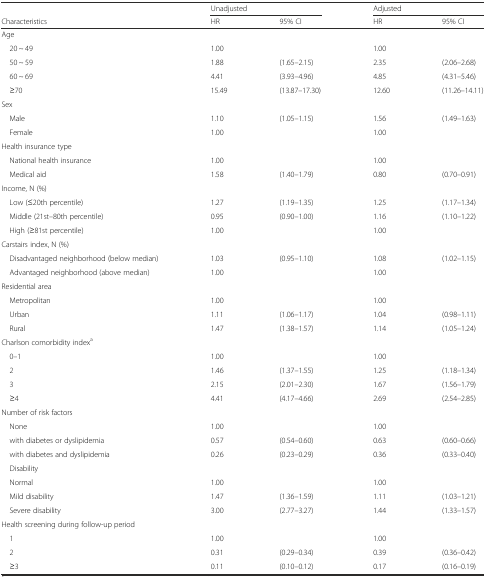
<table><thead><tr><td></td><td colspan="2"><b>Unadjusted</b></td><td colspan="2"><b>Adjusted</b></td></tr><tr><td><b>Characteristics</b></td><td><b>HR</b></td><td><b>95% CI</b></td><td><b>HR</b></td><td><b>95% CI</b></td></tr></thead><tbody><tr><td>Age</td><td></td><td></td><td></td><td></td></tr><tr><td> 20 ~ 49</td><td>1.00</td><td></td><td>1.00</td><td></td></tr><tr><td> 50 ~ 59</td><td>1.88</td><td>(1.65–2.15)</td><td>2.35</td><td>(2.06–2.68)</td></tr><tr><td> 60 ~ 69</td><td>4.41</td><td>(3.93–4.96)</td><td>4.85</td><td>(4.31–5.46)</td></tr><tr><td> ≥70</td><td>15.49</td><td>(13.87–17.30)</td><td>12.60</td><td>(11.26–14.11)</td></tr><tr><td>Sex</td><td></td><td></td><td></td><td></td></tr><tr><td> Male</td><td>1.10</td><td>(1.05–1.15)</td><td>1.56</td><td>(1.49–1.63)</td></tr><tr><td> Female</td><td>1.00</td><td></td><td>1.00</td><td></td></tr><tr><td>Health insurance type</td><td></td><td></td><td></td><td></td></tr><tr><td> National health insurance</td><td>1.00</td><td></td><td>1.00</td><td></td></tr><tr><td> Medical aid</td><td>1.58</td><td>(1.40–1.79)</td><td>0.80</td><td>(0.70–0.91)</td></tr><tr><td>Income, N (%)</td><td></td><td></td><td></td><td></td></tr><tr><td> Low (≤20th percentile)</td><td>1.27</td><td>(1.19–1.35)</td><td>1.25</td><td>(1.17–1.34)</td></tr><tr><td> Middle (21st–80th percentile)</td><td>0.95</td><td>(0.90–1.00)</td><td>1.16</td><td>(1.10–1.22)</td></tr><tr><td> High (≥81st percentile)</td><td>1.00</td><td></td><td>1.00</td><td></td></tr><tr><td>Carstairs index, N (%)</td><td></td><td></td><td></td><td></td></tr><tr><td> Disadvantaged neighborhood (below median)</td><td>1.03</td><td>(0.95–1.10)</td><td>1.08</td><td>(1.02–1.15)</td></tr><tr><td> Advantaged neighborhood (above median)</td><td>1.00</td><td></td><td>1.00</td><td></td></tr><tr><td>Residential area</td><td></td><td></td><td></td><td></td></tr><tr><td> Metropolitan</td><td>1.00</td><td></td><td>1.00</td><td></td></tr><tr><td> Urban</td><td>1.11</td><td>(1.06–1.17)</td><td>1.04</td><td>(0.98–1.11)</td></tr><tr><td> Rural</td><td>1.47</td><td>(1.38–1.57)</td><td>1.14</td><td>(1.05–1.24)</td></tr><tr><td>Charlson comorbidity index<sup>a</sup></td><td></td><td></td><td></td><td></td></tr><tr><td> 0–1</td><td>1.00</td><td></td><td>1.00</td><td></td></tr><tr><td> 2</td><td>1.46</td><td>(1.37–1.55)</td><td>1.25</td><td>(1.18–1.34)</td></tr><tr><td> 3</td><td>2.15</td><td>(2.01–2.30)</td><td>1.67</td><td>(1.56–1.79)</td></tr><tr><td> ≥4</td><td>4.41</td><td>(4.17–4.66)</td><td>2.69</td><td>(2.54–2.85)</td></tr><tr><td>Number of risk factors</td><td></td><td></td><td></td><td></td></tr><tr><td> None</td><td>1.00</td><td></td><td>1.00</td><td></td></tr><tr><td> with diabetes or dyslipidemia</td><td>0.57</td><td>(0.54–0.60)</td><td>0.63</td><td>(0.60–0.66)</td></tr><tr><td> with diabetes and dyslipidemia</td><td>0.26</td><td>(0.23–0.29)</td><td>0.36</td><td>(0.33–0.40)</td></tr><tr><td> Disability</td><td></td><td></td><td></td><td></td></tr><tr><td> Normal</td><td>1.00</td><td></td><td>1.00</td><td></td></tr><tr><td> Mild disability</td><td>1.47</td><td>(1.36–1.59)</td><td>1.11</td><td>(1.03–1.21)</td></tr><tr><td> Severe disability</td><td>3.00</td><td>(2.77–3.27)</td><td>1.44</td><td>(1.33–1.57)</td></tr><tr><td>Health screening during follow-up period</td><td></td><td></td><td></td><td></td></tr><tr><td> 1</td><td>1.00</td><td></td><td>1.00</td><td></td></tr><tr><td> 2</td><td>0.31</td><td>(0.29–0.34)</td><td>0.39</td><td>(0.36–0.42)</td></tr><tr><td> ≥3</td><td>0.11</td><td>(0.10–0.12)</td><td>0.17</td><td>(0.16–0.19)</td></tr></tbody></table>